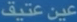
عين-عثيف